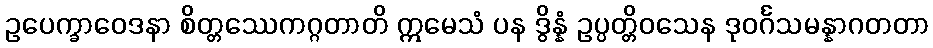
ဥပေက္ခာဝေဒနာ စိတ္တဿေကဂ္ဂတာတိ ဣမေသံ ပန ဒွိန္နံ ဥပ္ပတ္တိဝသေန ဒုဝင်္ဂသမန္နာဂတတာ